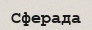
Сферада